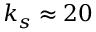
k _ { s } \approx 2 0